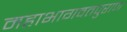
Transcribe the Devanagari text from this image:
महाभागवतपुराण